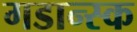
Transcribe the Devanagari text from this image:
गडान्स्क